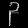
Digit: ၃